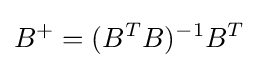
B^{+}=(B^{T}B)^{-1}B^{T}